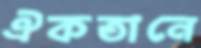
ঐকতানে